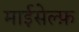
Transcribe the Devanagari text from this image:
माईसेल्फ़